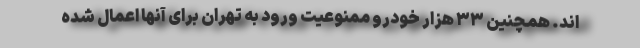
اند. همچنین ۳۳ هزار خودرو ممنوعیت ورود به تهران برای آنها اعمال شده